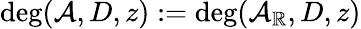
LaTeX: \deg(\mathcal{A},D,z):=\deg(\mathcal{A}_{\mathbb{R}},D,z)